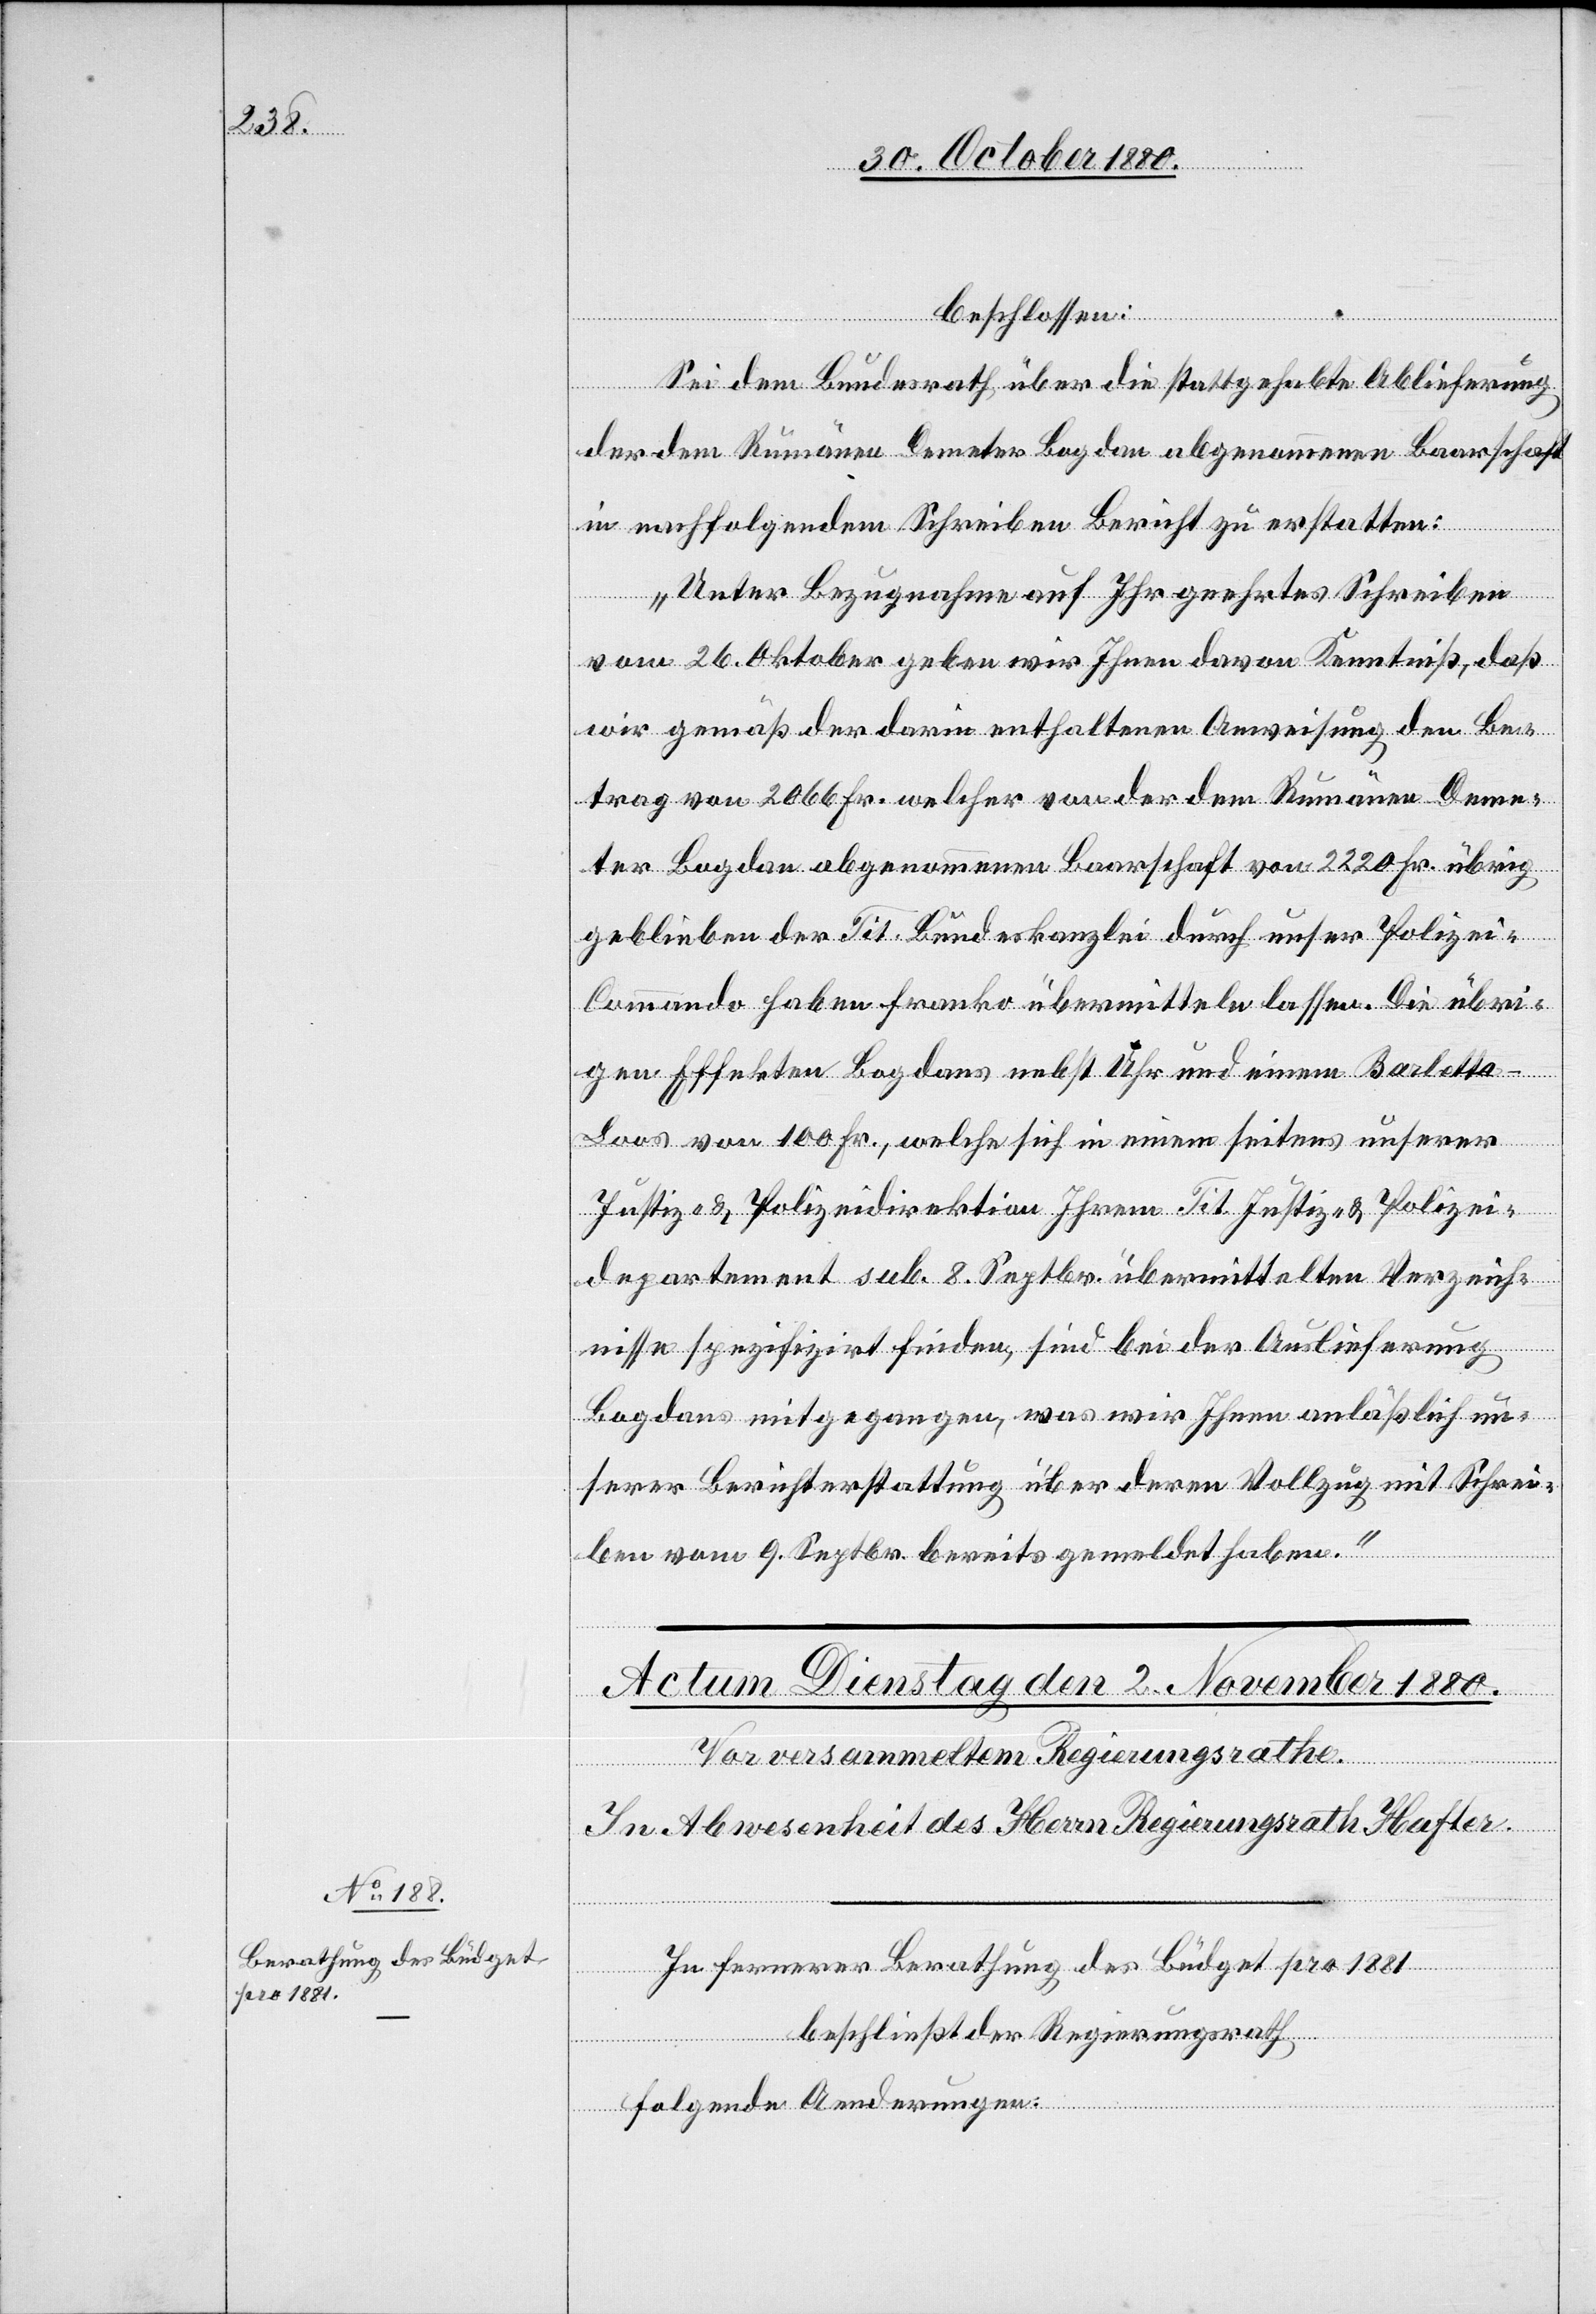
beschlossen:
Sei dem Bundesrath über die stattgehabte Ablieferung
der dem Rumänen Demeter Bogdan abgenommene Baarschaft
in nachfolgendem Schreiben Bericht zu erstatten:
„Unter Bezugnahme auf Ihr geehrtes Schreiben
vom 26. Oktober geben wir Ihnen davon Kenntniß, daß
wir gemäß der darin enthaltenen Anweisung den Be¬
trag von 2066 Fr. welcher von der dem Rumänen Deme¬
ter Bogdan abgenommenen Baarschaft von 2220 Fr. übrig
geblieben der Tit. Bundeskanzlei durch unser Polizei-C¬
ommando haben franko übermitteln lassen. Die übri¬
gen Effekten Bogdans nebst Uhr und einem Barletta-L¬
oos von 100 Fr., welche sich in einem seitens unserer
Justiz- & Polizeidirektion Ihrem Tit. Justiz- & Polizei¬
departement sub. 8. Septbr. übermittelten Verzeich¬
nisse spezifizirt finden, sind bei der Auslieferung
Bogdans mitgegangen, was wir Ihnen anläßlich un¬
serer Berichterstattung über deren Vollzug mit Schrei¬
ben vom 9. Septbr. bereits gemeldet haben.“
In fernerer Berathung des Büdget pro 1881
beschließt der Regierungsrath
folgende Aenderungen: